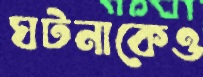
ঘটনাকেও